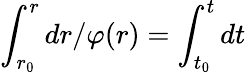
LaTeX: \int_{r_{0}}^{r}dr/\varphi(r)=\int_{t_{0}}^{t}dt